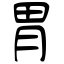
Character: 胃